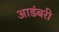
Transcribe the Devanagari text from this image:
आडंबरी